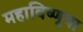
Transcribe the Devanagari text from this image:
महाविष्णूचा